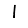
Digit: 1